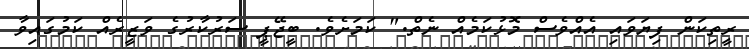
ރީތިކަން ފިޔަވައި އެއްވެސް މޮޅުކަމެއް ނެތް." ކަމަށެވެ. ބީޖޭޕީ ސަރުކާރުގެ ވަޒީރެއް ކަމުގައިވާ